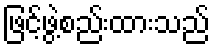
ဖြင့်ဖွဲ့စည်းထားသည်